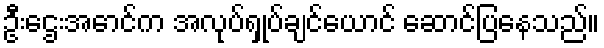
ဦးဌေးအောင်က အလုပ်ရှုပ်ချင်ယောင် ဆောင်ပြနေသည်။